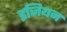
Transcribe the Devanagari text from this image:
इजियन